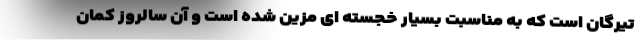
تیرگان است که به مناسبت بسیار خجسته ای مزین شده است و آن سالروز کمان